Indian journal of veterinary science and animal husbandry - Volume 3,
Year: 1933
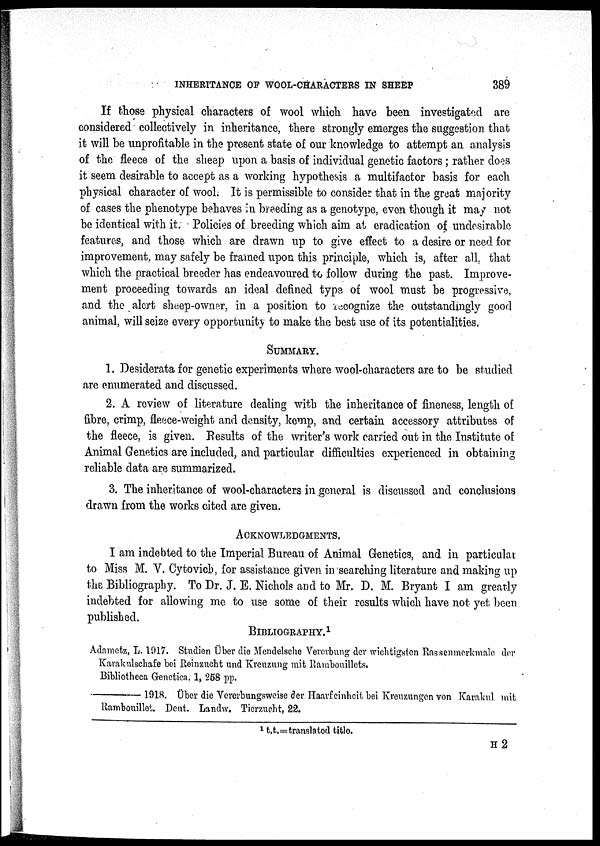
INHERITANCE OF WOOL-CHARACTERS IN SHEEP
389
If those physical characters of wool which have been investigated are
considered collectively in inheritance, there strongly emerges the suggestion that
it will be unprofitable in the present state of our knowledge to attempt an analysis
of the fleece of the sheep upon a basis of individual genetic factors ; rather does
it seem desirable to accept as a working hypothesis a multifactor basis for each
physical character of wool. It is permissible to consider that in the great majority
of cases the phenotype behaves in breeding as a genotype, even though it may not
be identical with it. Policies of breeding which aim at eradication of undesirable
features, and those which are drawn up to give effect to a desire or need for
improvement, may safely be framed upon this principle, which is, after all, that
which the practical breeder has endeavoured to follow during the past. Improve-
ment proceeding towards an ideal defined type of wool must be progressive,
and the alert sheep-owner, in a position to recognize the outstandingly good
animal, will seize every opportunity to make the best use of its potentialities.
SUMMARY.
1. Desiderata for genetic experiments where wool-characters are to be studied
are enumerated and discussed.
2. A review of literature dealing with the inheritance of fineness, length of
fibre, crimp, fleece-weight and density, kemp, and certain accessory attributes of
the fleece, is given. Results of the writer's work carried out in the Institute of
Animal Genetics are included, and particular difficulties experienced in obtaining
reliable data are summarized.
3. The inheritance of wool-characters in general is discussed and conclusions
drawn from the works cited are given.
ACKNOWLEDGMENTS.
I am indebted to the Imperial Bureau of Animal Genetics, and in particular
to Miss M. V. Cytovich, for assistance given in searching literature and making up
the Bibliography. To Dr. J. E. Nichols and to Mr. D. M. Bryant I am greatly
indebted for allowing me to use some of their results which have not yet been
published.
BIBLIOGRAPHY. 1
Adametz, L. 1917. Studien Über die Mendelsche Vercrbung der wichtigsten Rassenmerkmale der
Karakulschafe bei Reinzucht und Kreuzung mit Rambouillets.
Bibliotheca Genctica, 1, 258 pp.
—1918.
Über
die Vererbungsweise der Haarfeinhcit bei Kreuzungen von Karakul mit
Rambouillet. Dent. Landw. Tierzucht, 22.
1 t.t.=translated title.
H 2